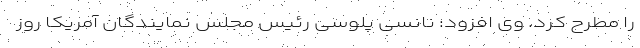
را مطرح کرد. وی افزود: نانسی پلوسی رئیس مجلس نمایندگان آمریکا روز